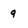
Character: 9